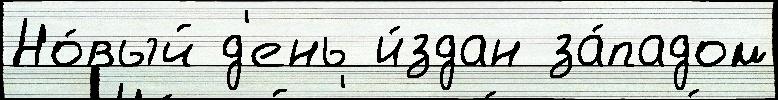
Но́вый д'ень и́здан за́падом